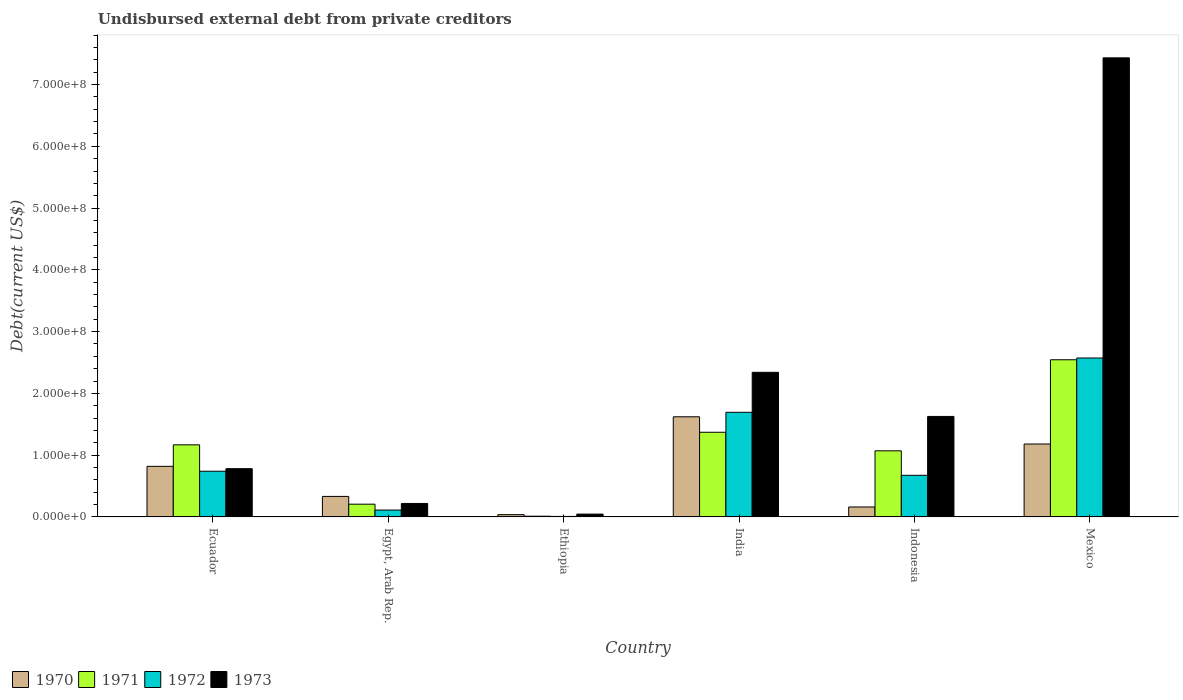
| Country | 1970 | 1971 | 1972 | 1973 |
 | --- | --- | --- | --- | --- |
 | Ecuador | 8.19e+07 | 1.17e+08 | 7.4e+07 | 7.81e+07 |
 | Egypt, Arab Rep. | 3.32e+07 | 2.06e+07 | 1.11e+07 | 2.18e+07 |
 | Ethiopia | 3.7e+06 | 1.16e+06 | 8.2e+05 | 4.57e+06 |
 | India | 1.62e+08 | 1.37e+08 | 1.69e+08 | 2.34e+08 |
 | Indonesia | 1.61e+07 | 1.07e+08 | 6.74e+07 | 1.63e+08 |
 | Mexico | 1.18e+08 | 2.54e+08 | 2.57e+08 | 7.43e+08 |